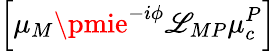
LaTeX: \left[\mu_{M}\pmie^{-i\phi}\mathscr{L}_{MP}\mu_{c}^{P}\right]